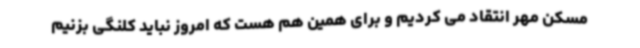
مسکن مهر انتقاد می کردیم و برای همین هم هست که امروز نباید کلنگی بزنیم